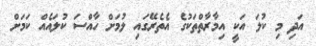
އަދި މި ކުލަ އަކީ އިމާރާތްތަކުގެ އެތެރޭގައި ލުމަށް ހާއްސަ ކުލައެއް ކަމަށް